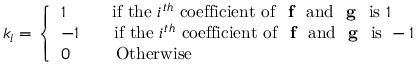
k _ { i } = { \left\{ \begin{array} { l l } { 1 \ \ \qquad { \mathrm { i f ~ t h e } } \ i ^ { t h } \ { \mathrm { c o e f f i c i e n t ~ o f } } \ { \textbf { f } } \ { \mathrm { a n d } } \ { \textbf { g } } \ { \mathrm { i s } } \ 1 } \\ { - 1 \qquad { \mathrm { i f ~ t h e } } \ i ^ { t h } \ { \mathrm { c o e f f i c i e n t ~ o f } } \ { \textbf { f } } \ { \mathrm { a n d } } \ { \textbf { g } } \ { \mathrm { i s } } \ - 1 } \\ { 0 \ \ \qquad { \mathrm { O t h e r w i s e } } } \end{array} \right. }